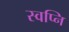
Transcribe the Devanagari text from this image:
स्वप्नि